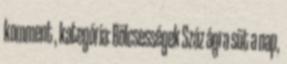
komment , kategória: Bölcsességek Száz ágra süt a nap,